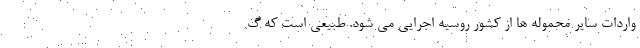
واردات سایر محموله ها از کشور روسیه اجرایی می شود. طبیعی است که گ